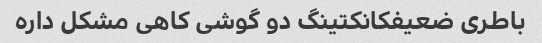
باطری ضعیفکانکتینگ دو گوشی کاهی مشکل داره